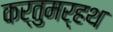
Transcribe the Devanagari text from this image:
कर्तुमर्हथ